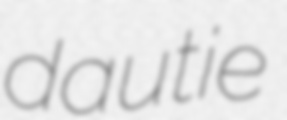
dautie